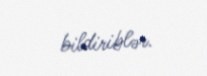
bildiriblər.